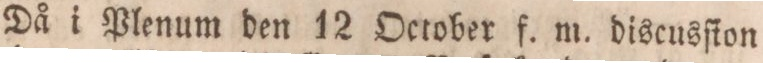
Då i Plenum den 12 October f. m. discusſion